Civil Veterinary Dept. Bombay admin report 1900-1906 - 1900-1906
Year: 1900
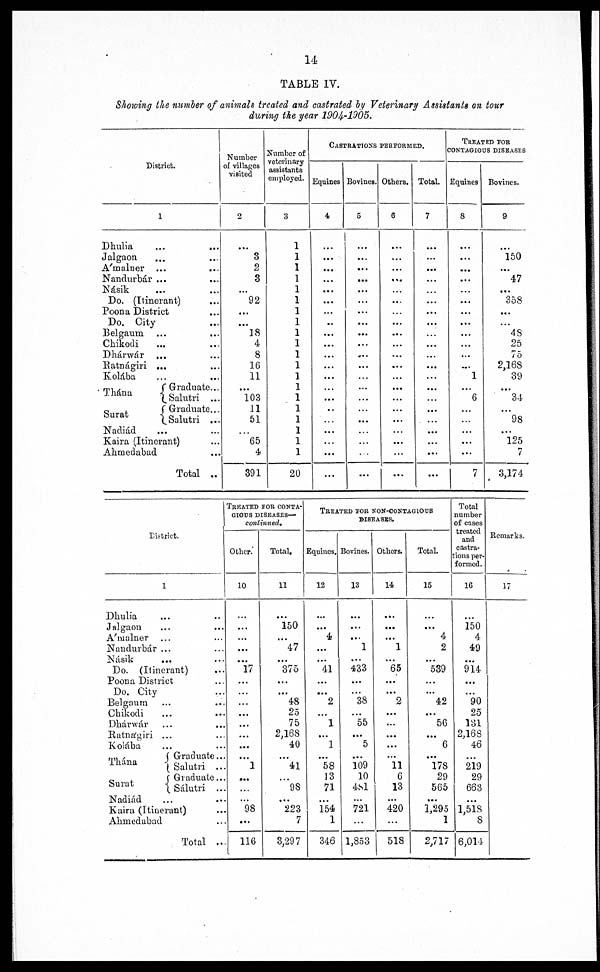
14
TABLE IV.
Showing the number of animals treated and castrated by Veterinary Assistants on tour
during the year 1904-1905.
District.
1
Dhulia
...
...
Jalgaon ... ...
A'malner ... ...
Nandurbár ... ...
Násik ... ...
Do. (Itinerant) ...
Poona District
Do. City
Belgaum ... ...
Chikodi ... ...
Dhárwár ... ...
Ratnágiri
...
Kolába ... ...
Thána Graduate ...
Salutri ...
Graduate...
Salutri ...
Nadiád ... ...
Kaira (Itinerant) ...
Ahmedabad ...
Total ...
Number
of villages
visited
2
...
3
2
8
...
92
...
...
18
4
8
16
11
103
11
51
65
4
391
Number of
veterinary
assistants
employed.
3
1
1
1
1
1
1
1
1
1
1
1
1
1
1
1
1
1
1
20
CASTRATIONS PERFORMED.
Equines
4
...
...
...
...
...
...
...
..
...
...
...
...
...
...
...
...
...
...
...
Bovines.
6
...
...
...
...
...
...
...
...
...
...
...
...
...
...
...
...
...
...
...
Others.
6
...
...
...
...
...
...
...
...
...
...
...
...
...
...
...
...
...
...
...
Total.
7
...
...
...
...
...
...
...
...
...
...
...
...
...
...
...
...
...
...
TREATED FOR
CONTAGIOUS DISEASES
Equines
8
...
...
...
...
...
...
...
...
...
...
...
...
1
6
...
...
...
...
7
Bovines.
9
...
150
...
47
...
358
...
...
48
25
75
2,16S
39
34
98
...
125
7
3,174
District.
1
Dhulia ... ...
Jalgaon ... ...
A'malner ... ...
Nandurbár ... ...
Násik ... ...
Do. (Itinerant)
Poona District ...
Do. City
Belgaum ... ...
Chikodi
...
...
Dhárwár ... ...
Ratnágiri ... ...
Kolába ... ...
Graduate ...
Thana
Salutri
...
Graduate...
Surat
Sálutri ...
Nadiád ... ...
Kaira (Itinerant) ...
Ahmedabad ...
Total ...
TREATED FOR CONTA-
GIOUS DISEASES—
continued.
Other.
10
...
...
...
...
...
17
...
...
...
...
...
...
...
...
1
...
...
...
98
...
116
Total.
11
...
150
...
47
...
375
...
...
48
25
75
2,168
40
...
41
...
98
...
223
7
3,297
TREATED FOR NON-CONTAGIOUS
DISEASES.
Equines.
12
...
...
4
...
...
41
...
...
2
...
1
...
1
...
58
13
71
...
154
1
346
Bovines.
13
...
...
...
1
...
433
...
...
38
...
55
...
5
...
109
10
481
...
721
...
1,853
Others.
14
...
...
...
1
...
65
...
...
2
...
...
...
...
...
11
6
13
...
420
...
518
Total.
15
...
...
4
2
...
539
...
...
42
...
56
...
6
...
178
29
565
...
1,295
1
2,717
Total
number
of cases
treated
and
castra-
tions per-
formed.
16
...
150
4
49
...
914
...
...
90
25
131
2,168
46
219
29
663
...
1,518
8
6,014
Remarks.
17